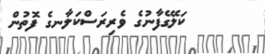
ކަލޭގެފާނުގެ ވެރިރަސްކަލާނގެ ފޮތުން